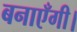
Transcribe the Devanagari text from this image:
बनाएँगी।